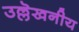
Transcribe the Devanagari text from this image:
उल्लॆखनीय